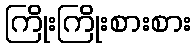
ကြိုးကြိုးစားစား